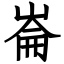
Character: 崙